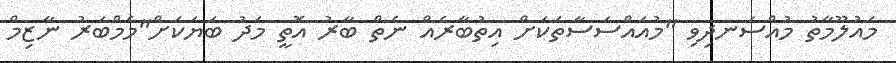
މައުލޫމާތު މުއްސަނދިވި "މުއައްސަސާތަކަށް އިތުބާރެއް ނެތް ބާރު އޮތީ މަދު ބަޔަކަށް"މެމްބަރު ނާޒިމް